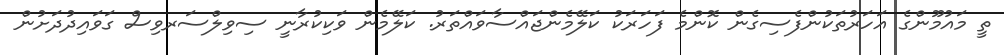
ތީ މައުމޫންގެ އަހަރުތަކުންފެސިގެން ކޮންމެ ފަހަރަކު ކަލޭމެންޖައްސާވައްތަރު. ކަލޭމެން ވަކިކުރާނީ ސިވިލްސަރވިސް ގަވައިދުދަށުން